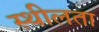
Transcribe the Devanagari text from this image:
स्थीलता